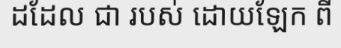
ដដែល ជា របស់ ដោយឡែក ពី